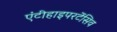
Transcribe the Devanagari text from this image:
एंटीहाइपरटेंसिव